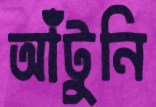
আঁটুনি